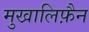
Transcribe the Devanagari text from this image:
मुखालिफ़ैन